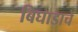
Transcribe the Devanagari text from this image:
बिघाडाचे